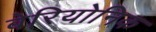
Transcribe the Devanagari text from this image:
बेरियोनिक